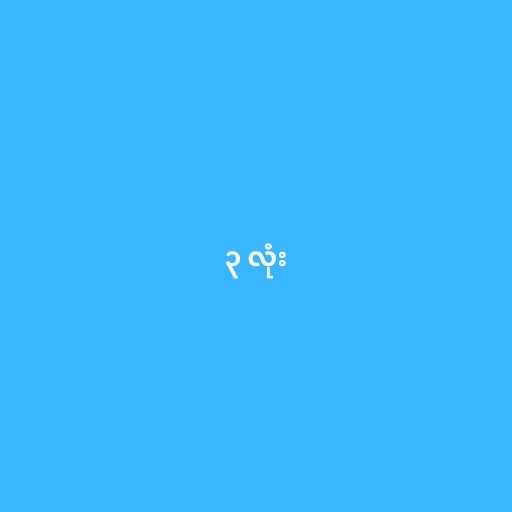
၃ လုံး